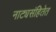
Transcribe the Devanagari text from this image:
नाट्यसंहितेत